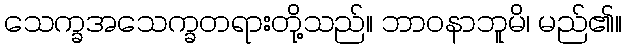
သေက္ခအသေက္ခတရားတို့သည်။ ဘာဝနာဘူမိ၊ မည်၏။